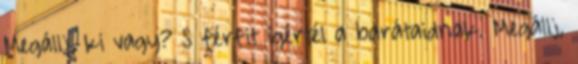
Megállj, ki vagy? S férfit ígértél a barátaidnak. Megállj,